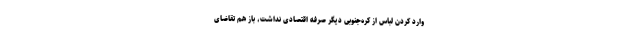
وارد کردن لباس از کره‌جنوبی دیگر صرفه اقتصادی نداشت، باز هم تقاضای